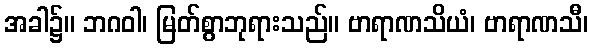
အခါ၌။ ဘဂဝါ၊ မြတ်စွာဘုရားသည်။ ဗာရာဏသိယံ၊ ဗာရာဏသီ၊